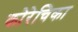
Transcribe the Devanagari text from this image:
कोरेचिका